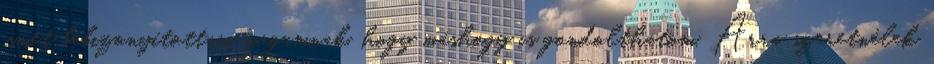
ismét bebizonyítottam magamnak, hogy máshogy is gondolthatom. Arra szeretnélek